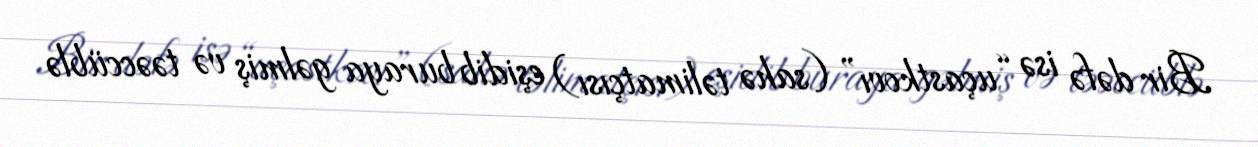
Bir dəfə isə “uçastkovı” (sahə təlimatçısı) eşidib buraya gəlmiş və təəccüblə